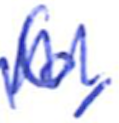
Text: 6,
Cross-out: zig-zag
Writing tool: ballpoint